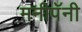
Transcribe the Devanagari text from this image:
मनीपॅनी